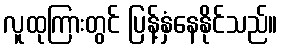
လူထုကြားတွင် ပြန့်နှံနေနိုင်သည်။